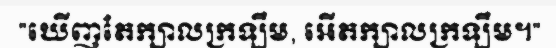
"ឃើញតែក្បាលក្រឡឹម, អើតក្បាលក្រឡឹម។"